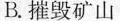
B.摧毁矿山